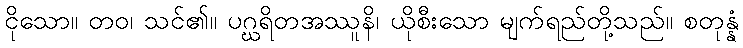
ငိုသော။ တဝ၊ သင်၏။ ပဂ္ဃရိတအဿူနိ၊ ယိုစီးသော မျက်ရည်တို့သည်။ စတုန္နံ